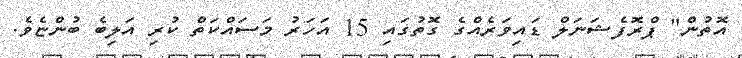
އޮތުން" ޕްރޮފެޝަނަލް ޑައިވަރެއްގެ ގޮތުގައި 15 އަހަރު މަސައްކަތް ކުރި އަލިބެ ބުންޏެވެ.